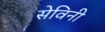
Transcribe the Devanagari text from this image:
सेविनी